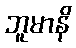
ဘူမာနိ